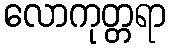
လောကုတ္တရာ